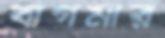
বাগমার